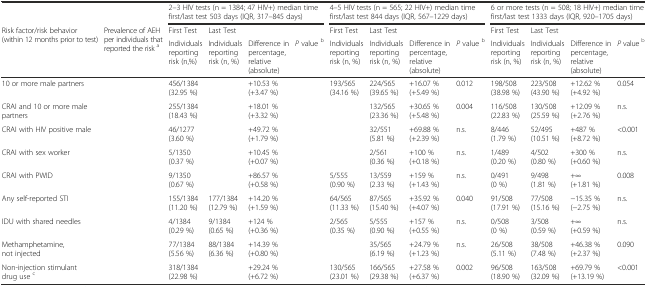
<table><thead><tr><td>[EMPTY_CELL]</td><td>[EMPTY_CELL]</td><td colspan="4"><b>2–3 HIV tests (n = 1384; 47 HIV+) median time first/last test 503 days (IQR, 317–845 days)</b></td><td colspan="4"><b>4–5 HIV tests (n = 565; 22 HIV+) median time first/last test 844 days (IQR, 567–1229 days)</b></td><td colspan="4"><b>6 or more tests (n = 508; 18 HIV+) median time first/last test 1333 days (IQR, 920–1705 days)</b></td></tr><tr><td rowspan="2"><b>Risk factor/risk behavior (within 12 months prior to test)</b></td><td rowspan="2"><b>Prevalence of AEH per individuals that reported the risk <sup>a</sup></b></td><td><b>First Test</b></td><td><b>Last Test</b></td><td colspan="2">[EMPTY_CELL]</td><td><b>First Test</b></td><td><b>Last Test</b></td><td colspan="2">[EMPTY_CELL]</td><td><b>First Test</b></td><td><b>Last Test</b></td><td colspan="2">[EMPTY_CELL]</td></tr><tr><td><b>Individuals reporting risk (n,%)</b></td><td><b>Individuals reporting risk (n, %)</b></td><td><b>Difference in percentage, relative (absolute)</b></td><td><b><i>P</i> value <sup>b</sup></b></td><td><b>Individuals reporting risk (n, %)</b></td><td><b>Individuals reporting risk (n, %)</b></td><td><b>Difference in percentage, relative (absolute)</b></td><td><b><i>P</i> value <sup>b</sup></b></td><td><b>Individuals reporting risk (n, %)</b></td><td><b>Individuals reporting risk (n, %)</b></td><td><b>Difference in percentage, relative (absolute)</b></td><td><b><i>P</i> value <sup>b</sup></b></td></tr></thead><tbody><tr><td>10 or more male partners</td><td>[EMPTY_CELL]</td><td>456/1384 (32.95 %)</td><td>[EMPTY_CELL]</td><td>+10.53 % (+3.47 %)</td><td>[EMPTY_CELL]</td><td>193/565 (34.16 %)</td><td>224/565 (39.65 %)</td><td>+16.07 % (+5.49 %)</td><td>0.012</td><td>198/508 (38.98 %)</td><td>223/508 (43.90 %)</td><td>+12.62 % (+4.92 %)</td><td>0.054</td></tr><tr><td>CRAI and 10 or more male partners</td><td>[EMPTY_CELL]</td><td>255/1384 (18.43 %)</td><td>[EMPTY_CELL]</td><td>+18.01 % (+3.32 %)</td><td>[EMPTY_CELL]</td><td>[EMPTY_CELL]</td><td>132/565 (23.36 %)</td><td>+30.65 % (+5.48 %)</td><td>0.004</td><td>116/508 (22.83 %)</td><td>130/508 (25.59 %)</td><td>+12.09 % (+2.76 %)</td><td>n.s.</td></tr><tr><td>CRAI with HIV positive male</td><td>[EMPTY_CELL]</td><td>46/1277 (3.60 %)</td><td>[EMPTY_CELL]</td><td>+49.72 % (+1.79 %)</td><td>[EMPTY_CELL]</td><td>[EMPTY_CELL]</td><td>32/551 (5.81 %)</td><td>+69.88 % (+2.39 %)</td><td>n.s.</td><td>8/446 (1.79 %)</td><td>52/495 (10.51 %)</td><td>+487 % (+8.72 %)</td><td>&lt;0.001</td></tr><tr><td>CRAI with sex worker</td><td>[EMPTY_CELL]</td><td>5/1350 (0.37 %)</td><td>[EMPTY_CELL]</td><td>+10.45 % (+0.07 %)</td><td>[EMPTY_CELL]</td><td>[EMPTY_CELL]</td><td>2/561 (0.36 %)</td><td>+100 % (+0.18 %)</td><td>n.s.</td><td>1/489 (0.20 %)</td><td>4/502 (0.80 %)</td><td>+300 % (+0.60 %)</td><td>n.s.</td></tr><tr><td>CRAI with PWID</td><td>[EMPTY_CELL]</td><td>9/1350 (0.67 %)</td><td>[EMPTY_CELL]</td><td>+86.57 % (+0.58 %)</td><td>[EMPTY_CELL]</td><td>5/555 (0.90 %)</td><td>13/559 (2.33 %)</td><td>+159 % (+1.43 %)</td><td>n.s.</td><td>0/491 (0 %)</td><td>9/498 (1.81 %)</td><td>+∞ (+1.81 %)</td><td>0.008</td></tr><tr><td>Any self-reported STI</td><td>[EMPTY_CELL]</td><td>155/1384 (11.20 %)</td><td>177/1384 (12.79 %)</td><td>+14.20 % (+1.59 %)</td><td>[EMPTY_CELL]</td><td>64/565 (11.33 %)</td><td>87/565 (15.40 %)</td><td>+35.92 % (+4.07 %)</td><td>0.040</td><td>91/508 (17.91 %)</td><td>77/508 (15.16 %)</td><td>−15.35 % (−2.75 %)</td><td>n.s.</td></tr><tr><td>IDU with shared needles</td><td>[EMPTY_CELL]</td><td>4/1384 (0.29 %)</td><td>9/1384 (0.65 %)</td><td>+124 % (+0.36 %)</td><td>[EMPTY_CELL]</td><td>2/565 (0.35 %)</td><td>5/555 (0.90 %)</td><td>+157 % (+0.55 %)</td><td>n.s.</td><td>0/508 (0 %)</td><td>3/508 (0.59 %)</td><td>+∞ (+0.59 %)</td><td>n.s.</td></tr><tr><td>Methamphetamine, not injected</td><td>[EMPTY_CELL]</td><td>77/1384 (5.56 %)</td><td>88/1384 (6.36 %)</td><td>+14.39 % (+0.80 %)</td><td>[EMPTY_CELL]</td><td>[EMPTY_CELL]</td><td>35/565 (6.19 %)</td><td>+24.79 % (+1.23 %)</td><td>n.s.</td><td>26/508 (5.11 %)</td><td>38/508 (7.48 %)</td><td>+46.38 % (+2.37 %)</td><td>0.090</td></tr><tr><td>Non-injection stimulant drug use <sup>c</sup></td><td>[EMPTY_CELL]</td><td>318/1384 (22.98 %)</td><td>[EMPTY_CELL]</td><td>+29.24 % (+6.72 %)</td><td>[EMPTY_CELL]</td><td>130/565 (23.01 %)</td><td>166/565 (29.38 %)</td><td>+27.58 % (+6.37 %)</td><td>0.002</td><td>96/508 (18.90 %)</td><td>163/508 (32.09 %)</td><td>+69.79 % (+13.19 %)</td><td>&lt;0.001</td></tr></tbody></table>